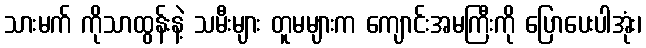
သားမက် ကိုသာထွန်းနဲ့ သမီးများ တူမများက ကျောင်းအမကြီးကို ပြောပေးပါအုံး၊